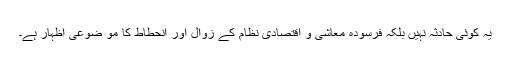
یہ کوئی حادثہ نہیں بلکہ فرسودہ معاشی و اقتصادی نظام کے زوال اور انحطاط کا مو ضوعی اظہار ہے۔